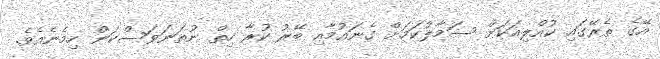
އޭގެ ތެރޭގައި ކުއްލިއަކަށް ސަމާލުކަމަށް ގެނައުމާއި ބޭރު ކުރާ ހިތް ނުތަނަވަސްކަން ހިމެނެއެވެ.